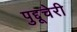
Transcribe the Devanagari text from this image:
पुद्दूचेरी